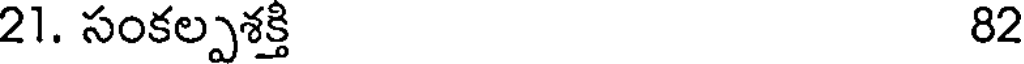
21. సంకల్పశక్తి 82